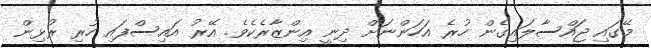
މޭގައި ޖައްސާލައިގެން ހުރެ އަހަންނަށް ދިނީ އިންޒާރެކެވެ. އޭރު އައިސްފައި ހުރި ރުޅިން